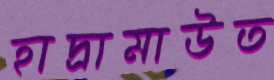
হাদ্রামাউত